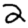
Digit: 2